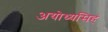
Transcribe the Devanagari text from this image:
अयोध्यसिहं